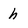
Character: h